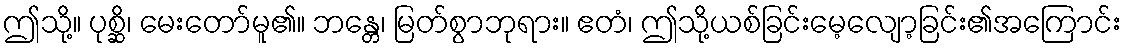
ဤသို့။ ပုစ္ဆိ၊ မေးတော်မူ၏။ ဘန္တေ၊ မြတ်စွာဘုရား။ ဧတံ၊ ဤသို့ယစ်ခြင်းမေ့လျော့ခြင်း၏အကြောင်း